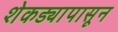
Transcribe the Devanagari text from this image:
शेकड्यापासून